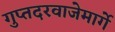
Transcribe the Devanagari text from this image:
गुप्तदरवाजेमार्गे